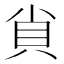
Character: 𧴪